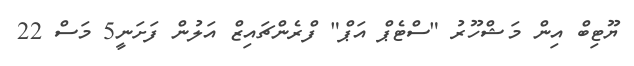
ޔޫޓިބް އިން މަޝްހޫރު "ސްޓެޕް އަޕް" ފްރެންޗައިޒް އަލުން ފަށަނީ5 މަސް 22